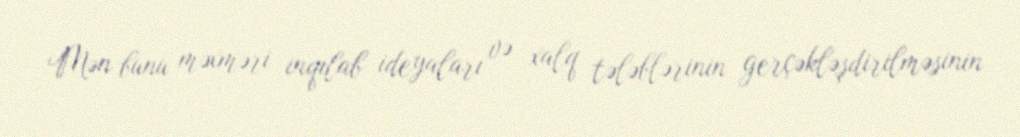
Mən bunu məxməri inqilab ideyaları və xalq tələblərinin gerçəkləşdirilməsinin